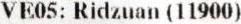
VE05: RIDZUAN (11900)